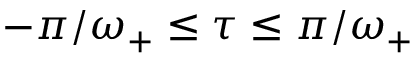
- \pi / \omega _ { + } \leq \tau \leq \pi / \omega _ { + }